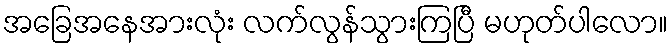
အခြေအနေအားလုံး လက်လွန်သွားကြပြီ မဟုတ်ပါလော။